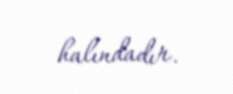
halındadır.